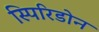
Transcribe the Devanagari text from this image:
स्पिरिडोन